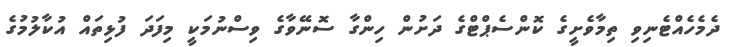
ދެމެހެއްޓެނިވި ތިމާވެށީގެ ކޮންސެޕްޓްގެ ދަށުން ހިންގާ ސޮނޭވާގެ ވިސްނުމަކީ މިފަދަ ފުޅިތައް އުކާލުމުގެ